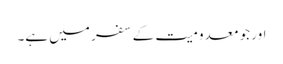
اور جو معدومیت کے سفر میں ہے۔